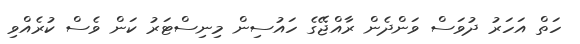
ހަތް އަހަރު ދުވަސް ވަންދެން ރާއްޖޭގެ ހައުސިން މިނިސްޓަރު ކަން ވެސް ކުރެއްވި